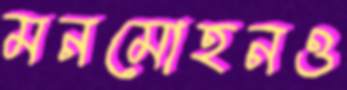
মনমোহনও